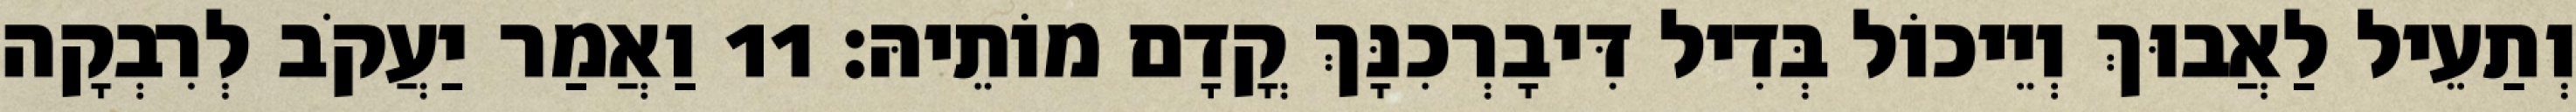
וְתַעֵיל לַאֲבוּךְ וְיֵיכוֹל בְּדִיל דִּיבָרְכִנָּךְ קֳדָם מוֹתֵיהּ׃ 11 וַאֲמַר יַעֲקֹב לְרִבְקָה